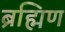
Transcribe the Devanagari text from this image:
ब्रह्मिण